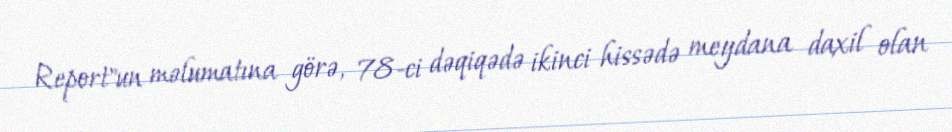
Report"un məlumatına görə, 78-ci dəqiqədə ikinci hissədə meydana daxil olan